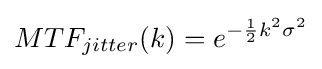
MTF_{jitter}(k)=e^{-{\frac {1}{2}}k^{2}\sigma ^{2}}